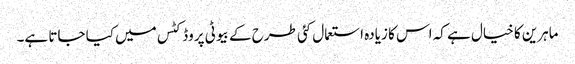
ماہرین کا خیال ہے کہ اس کا زیادہ استعمال کئی طرح کے بیوٹی پروڈکٹس میں کیا جاتا ہے۔